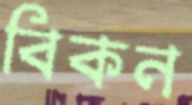
বিকন